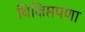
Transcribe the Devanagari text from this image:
विक्षिप्तपणा